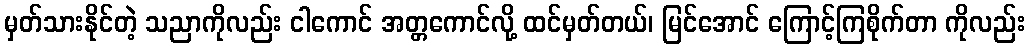
မှတ်သားနိုင်တဲ့ သညာကိုလည်း ငါကောင် အတ္တကောင်လို့ ထင်မှတ်တယ်၊ မြင်အောင် ကြောင့်ကြစိုက်တာ ကိုလည်း